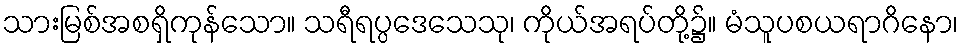
သားမြစ်အစရှိကုန်သော။ သရီရပ္ပဒေသေသု၊ ကိုယ်အရပ်တို့၌။ မံသူပစယရာဂိနော၊